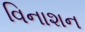
વિનાશન